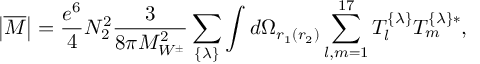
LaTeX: { \left| { \overline { { M } } } \right| } = { \frac { e ^ { 6 } } { 4 } } N _ { 2 } ^ { 2 } { \frac { 3 } { 8 \pi M _ { W ^ { \pm } } ^ { 2 } } } \sum _ { \{ \lambda \} } \int d \Omega _ { r _ { 1 } ( r _ { 2 } ) } \sum _ { l , m = 1 } ^ { 1 7 } { T } _ { l } ^ { \{ \lambda \} } T _ { m } ^ { \{ \lambda \} * } ,